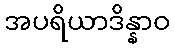
အပရိယာဒိန္နာဝ